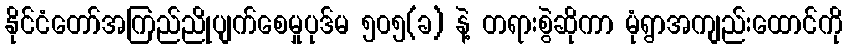
နိုင်ငံတော်အကြည်ညိုပျက်စေမှုပုဒ်မ ၅၀၅(ခ) နဲ့ တရားစွဲဆိုကာ မုံရွာအကျည်းထောင်ကို